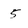
Character: 5